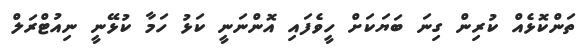
ތަންކޮޅެއް ކުރިން ގިނަ ބަޔަކަށް ހީވެފައި އޮންނަނީ ކަޅު ހަމާ ކުޅޭނީ ނިއުޓްރަލް